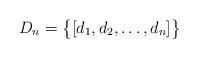
LaTeX: \begin{align*} D_{n} &= \big\{[d_{1}, d_{2},\dots,d_{n}]\big\}\end{align*}